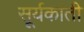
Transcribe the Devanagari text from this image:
सूर्यकांती